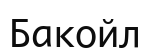
Бакойл